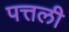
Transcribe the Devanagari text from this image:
पत्तली